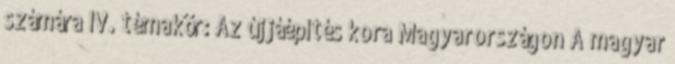
számára IV. témakör: Az újjáépítés kora Magyarországon A magyar